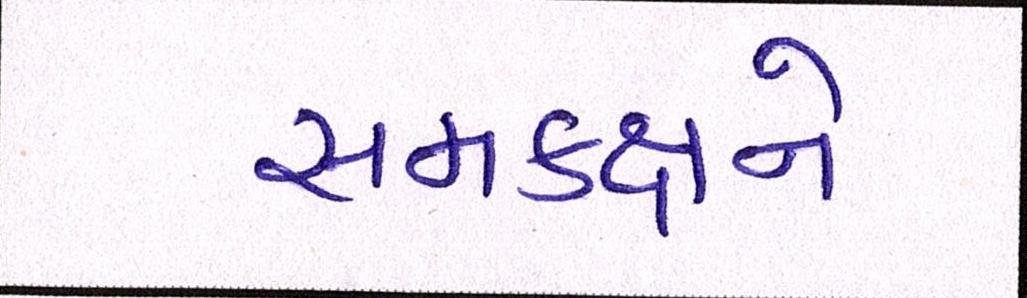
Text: સમકક્ષને